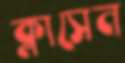
ক্লাসেন